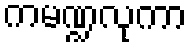
ကမဏ္ဍလုကာ